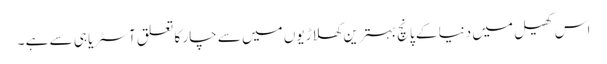
اس کھیل میں دنیا کے پانچ بہترین کھلاڑیوں میں سے چار کا تعلق آسٹریا ہی سے ہے ۔